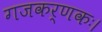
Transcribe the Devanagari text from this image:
गजकर्णकः।